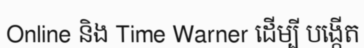
Online និង Time Warner ដើម្បី បង្កើត